King Institute of Preventive Medicine Bacteriolog. Section reports 1907-08
Year: 1907
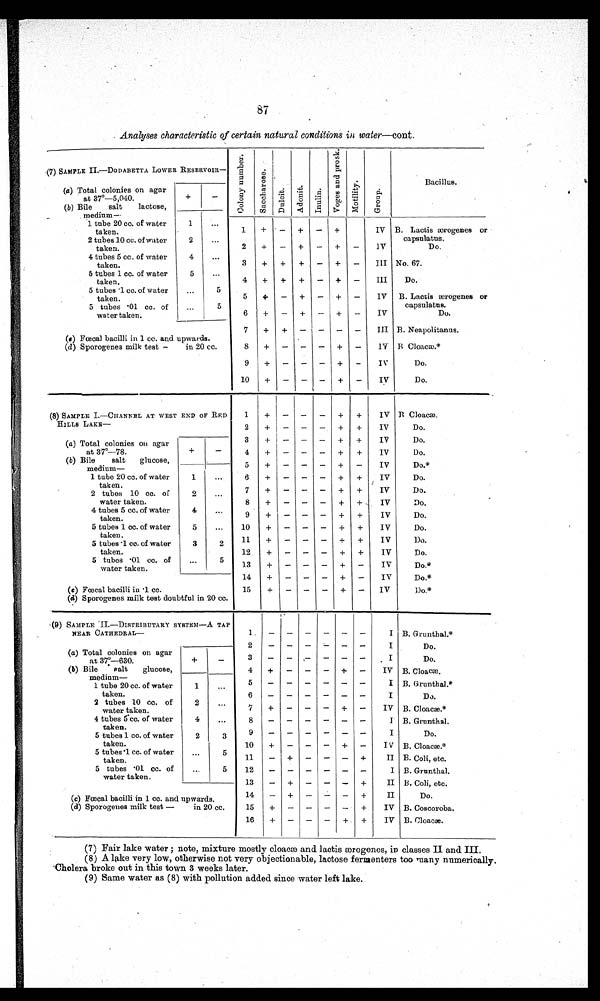
87
. Analyses characteristic of certain natural conditions in water—cont.
,
(7) SAMPLE II —DODABETTA LOWER RESERVOIR —
(a) Total colonies on agar
at 370-5,040.
+
—
(b) Bile
salt
lactose,
m e d i u m — .
1 tube 20 cc. of water
1
...
taken.
2 tubes ].0 cc. of water
2
...
taken.
4 tubes 5 cc. of water
4
...
taken.
5 tubes 1 cc. of water
5
...
taken.
5 tubes 1 cc. of water
...
5
taken.
5 tubes '01 cc. of
...
5
water taken.
(s) Faecal bacilli in 1 cc. and upwards.
(d) Sporogenes milk test —
in 20 cc.
C o l o n y N u m b e r . S a c c h a r o s e . D u l o i t . A d o n i t . I n u l i n . V o g e s a n d p r o s k . M o t i l i t y . G r o u p .
o
Bacillus.
tz
;
+ • —
+
—
+
IV B. Lactic wrogenes or
capsulatus.
2
+
—
+
—
+
—
I V
Do.
3
+
+
+
—
+
—
III No. 67.
4
+
+
—
+
—
III
Do.
5
+
—
+
—
+
—
IV B. Lactis ærogenes or
capsulatus.
6
+
—
+
—
+
—
IV
Do.
7
+
+
—
—
—
—
III B. Neapolitanus.
8
+
—
—
—
+
—
1V B Cloacæ
9
+
—
—
—
+
—
IV
Do.
10
+
—
—
—
+
—
IV
Do.
—
(8) SAMPLE I.—CHANNEL AT WEST END OF RED
HLLLS LAKE—
(a) Total colonies on agar
at 37°-78.
+
—
(b) Bile
salt
glucose,
medium —
1 tube 20 cc. of water
1
taken.
2 tubes 10 cc. of
2
...
water taken.
4 tubes 5 cc. of water
4
...
taken.
5 tubes 1 cc. of water
5
...
taken.
5 tubes 1 cc. of water
3
2
taken.
5 tubes 01 cc. of
...
5
water taken.
(c) Faecal bacilli in 1 cc.
(d) Sporogenes milk test doubtful in 20 cc.
1
+
—
—
—
+
+
IV
B æ.
2
+
—
—
—
+
+
IV
Do.
3
+ I —
—
—
+
+
IV
Do.
4
+
—
—
—
+
+
IV
Do.
5
+
—
—
—
+
—
IV
Do.*
6
+
—
—
—
+
+
IV
Do.
7
+
—
—
—
+
+
IV
Do.
8
+
—
—
—
+
+
IV
Do.
9
—
—
+
+
IV
Do.
10
+
—
—
—
+
+
IV
Do.
11
+
—
—
—
+
+
IV
Do.
12
+
—
—
—
+
+
IV
Do.
13
+
—
—
—
+
—
IV
Do.*
14
+
—
—
—
+
—
IV
Do.*
15
+
—
—
—
+
—
IV
Do.*
(9) SAMPLE II.—DISTRIBUTARY SYSTEM—A TAP
NEAR CATHEDRAL—
(a) Total colonies on agar
at 37°-630.
+
_
(b) Bile • salt
glucose,
medium-
1 tube 20 cc. of water
1
...
taken.
2 tubes 10 cc. of
2
...
water taken.
4 tubes 5cc. of water
4
...
taken.
5 tubes 1 cc. of water
3
taken
5 tubes 1 cc. of water...
taken.
5 tubes 01 cc. of
...
5
water taken.
(c) Faecal bacilli in 1 cc. and upwards.
(d) Sporogenes milk test —
in 20 cc.
B. Grunthal.*
2
I
Do.
3
. I
Do.
4
+
—
—
—
+
—
IV B. Cloacae.
I B. Grunthal.*
I
Do.
(7) Fair lake water ; note, mixture mostly cloacæ and lactis ærogenes, in classes II and III.
(8) A lake very low, otherwise not very objectionable, lactose formenters too many numerically.
'Cholera broke out in this town 3 weeks later.
(9) Same water as (8) with pollution added since water left lake.